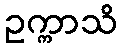
ဥက္ကာသိ